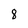
Character: 8